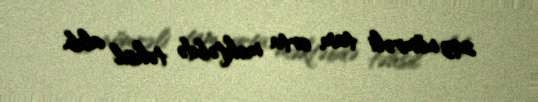
293 nömrəli tam orta məktəbdə təhsil alıb.